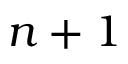
n + 1